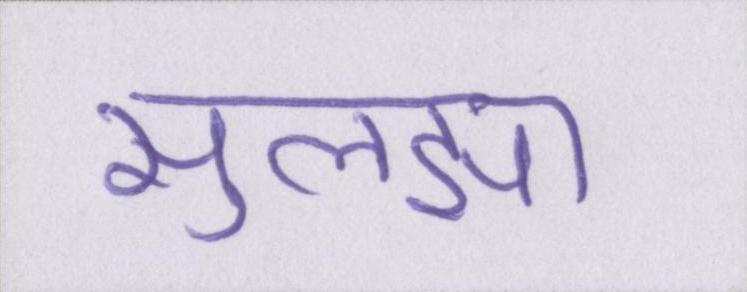
सुलझा